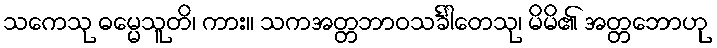
သကေသု ဓမ္မေသူတိ၊ ကား။ သကအတ္တဘာဝသင်္ခါတေသု၊ မိမိ၏ အတ္တဘောဟု